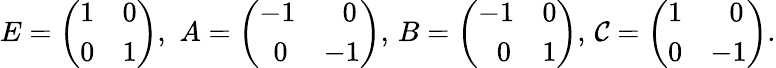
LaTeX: E=\left(\begin{array}{ll}{{1}}&{{0}}\\ {{0}}&{{1}}\end{array}\right),\, \, A=\left(\begin{array}{ll}{{-1}}&{{\, \, \, \, 0}}\\ {{\, \, \, 0}}&{{-1}}\end{array}\right),\, B=\left(\begin{array}{ll}{{-1}}&{{0}}\\ {{\, \, \, \, 0}}&{{1}}\end{array}\right),\, \mathcal{C}=\left(\begin{array}{ll}{{1}}&{{\, \, \, \, 0}}\\ {{0}}&{{-1}}\end{array}\right).